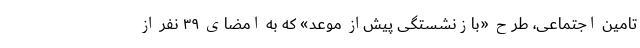
تامین اجتماعی، طرح «بازنشستگی پیش‌از موعد» که به امضای ۳۹ نفر از